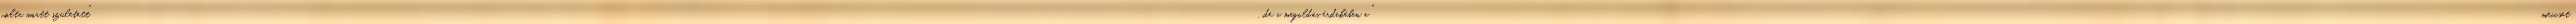
volta miatt született", de a megoldás érdekében a "meccset